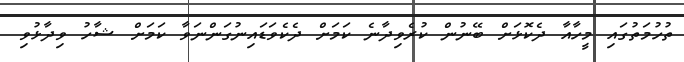
ތުހުމަތުގައި މީހާއާ ދެކޮޅަށް ބޭނުން ކުރެވިދާނެ ކަމަށް ދެކެވަޑައިނުގަންނަވާ ކަމަށް ޝާހު ވިދާޅުވި